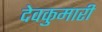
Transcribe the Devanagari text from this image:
देवकुमारी